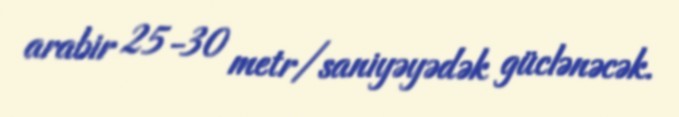
arabir 25-30 metr/saniyəyədək güclənəcək.